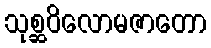
သုစ္ဆဝိလောမဇာတော